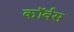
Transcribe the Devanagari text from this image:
कॉर्वस